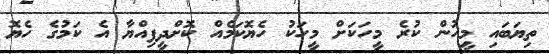
ތިޔަބައި މީހުން ކުރެ މީހަކަށް މީހަކު ހެޔޮކަމެއް ކޮށްދީފިއްޔާ އެ ކަމުގެ ހެޔޮ